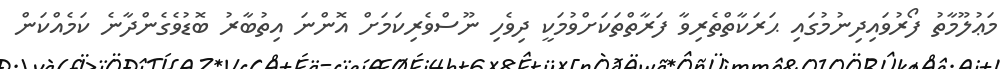
މަޢުލޫމާތު ފޯރުވައިދިނުމުގައި ޙަރަކާތްތެރިވާ ފަރާތްތަކަށްވުމަކީ ދިވެހި ނޫސްވެރިކަމަށް އޮންނަ އިތުބާރު ބޮޑުވެގެންދާނެ ކަމެއްކަން